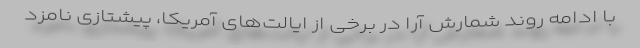
با ادامه روند شمارش آرا در برخی از ایالت‌های آمریکا، پیشتازی نامزد